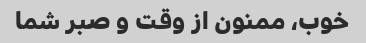
خوب، ممنون از وقت و صبر شما